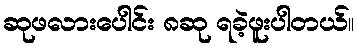
ဆုဖလားပေါင်း ၈ဆု ရခဲ့ဖူးပါတယ်။